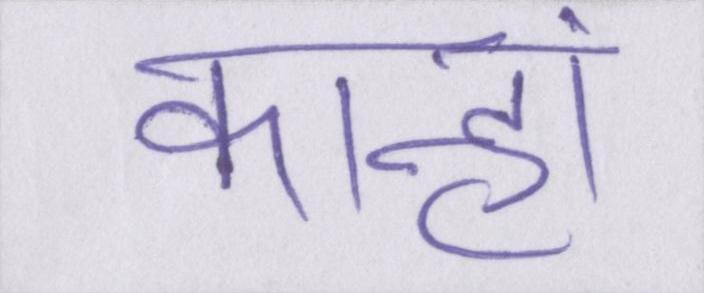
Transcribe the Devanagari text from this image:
कान्हां